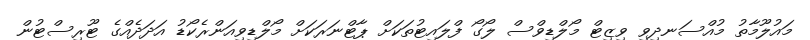
މައުލޫމާތު މުއްސަނދިވި ވިޒިޓް މޯލްޑިވްސް ލޯގޯ ފްލައިޓުތަކަށް ޕާޓްނަރަކަށް މޯލްޑިވިއަންރެކޯޑު އަދަދެއްގެ ޓޫރިސްޓުން